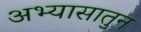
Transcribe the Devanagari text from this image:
अभ्यासातुन